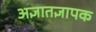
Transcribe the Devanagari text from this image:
अज्ञातज्ञापक